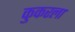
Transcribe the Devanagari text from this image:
कुकरला